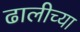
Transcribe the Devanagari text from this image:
ढालीच्या